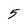
Character: 5